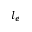
l _ { e }